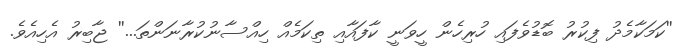
''ކަމަކާމެދު ފިކުރު ބޮޑުވެފައި ހުރިހެން ހީވަނީ ކާފައާއި ތިކަމެއް ހިއްސާނުކުރާނަންތަ...'' ޖާބިރު އެހިއެވެ.